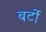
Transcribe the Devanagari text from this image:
बर्टो